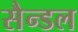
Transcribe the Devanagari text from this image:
सैन्डल